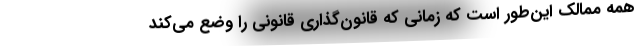
همه ممالک این‌طور است که زمانی که قانون‌گذاری قانونی را وضع می‌کند